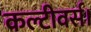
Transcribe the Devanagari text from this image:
कल्टीवर्स।